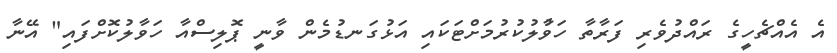
އެ އެއްޗެހީގެ ރައްދުވެރި ފަރާތާ ހަވާުލުކުރުމަށްޓަކައި އަޅުގަނޑުމެން ވާނީ ޕޮލިސްއާ ހަވާލުކޮށްފައި" އޭނާ